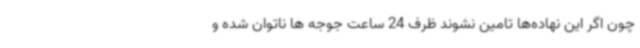
چون اگر این نهاده‌ها تامین نشوند ظرف 24 ساعت جوجه ها ناتوان شده و